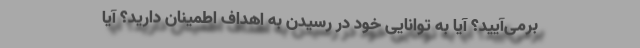
برمی‌آیید؟ آیا به توانایی خود در رسیدن به اهداف اطمینان دارید؟ آیا